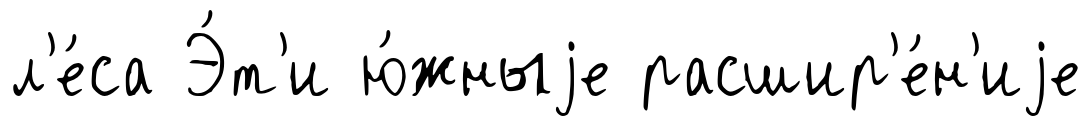
л'е́са Э́т'и ю́жныjе расшир'е́н'иjе